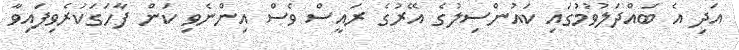
އަދި އެ ބައްދަލުވުމުގައި ކައުންސިލުގެ އޭރުގެ ރައީސް ވެސް އިންނެވި ކަން ފާހަގަކުރެވިފައިވާ